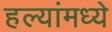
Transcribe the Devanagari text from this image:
हल्यांमध्ये